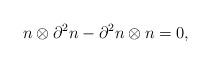
LaTeX: \begin{align*}n\otimes\partial^2 n-\partial^2 n\otimes n=0,\end{align*}